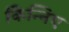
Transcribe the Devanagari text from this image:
किन्निए